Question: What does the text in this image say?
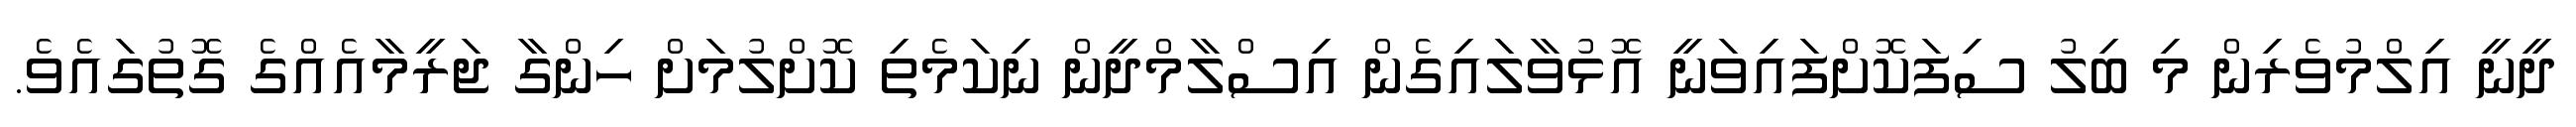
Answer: ދީނީ އިލްމުވެރިން މި ބިލު ސިފަކޮށްފައިވަނީ އޮޅުވާލައިގެން އިސްލާމްދީން ނިކަމެތި ކޮށްލުމަށް ހިންގާ ޖަރީމާއެއްގެ ގޮތުގައެވެ.